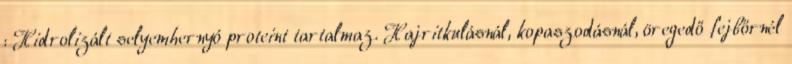
: Hidrolizált selyemhernyó proteint tartalmaz. Hajritkulásnál, kopaszodásnál, öregedő fejbőrnél